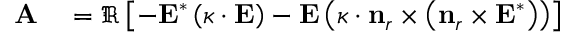
\begin{array} { r l } { \mathbf { A } } & { { } = \Re \left[ - \mathbf { E } ^ { * } \left( \boldsymbol { \kappa } \cdot \mathbf { E } \right) - \mathbf { E } \left( \boldsymbol { \kappa } \cdot \mathbf { n } _ { r } \times \left( \mathbf { n } _ { r } \times \mathbf { E } ^ { * } \right) \right) \right] } \end{array}